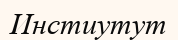
Инстиутут